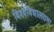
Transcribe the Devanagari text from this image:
विश्वविधालयमा